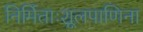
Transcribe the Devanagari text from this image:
निर्मिताःशूलपाणिना